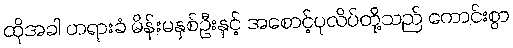
ထိုအခါ တရားခံ မိန်းမနှစ်ဦးနှင့် အစောင့်ပုလိပ်တို့သည် ကောင်းစွာ